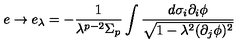
e \rightarrow e _ { \lambda } = - \frac { 1 } { \lambda ^ { p - 2 } \Sigma _ { p } } \int \frac { d \sigma _ { i } \partial _ { i } \phi } { \sqrt { 1 - \lambda ^ { 2 } ( \partial _ { j } \phi ) ^ { 2 } } }